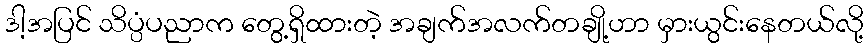
ဒါ့အပြင် သိပ္ပံပညာက တွေ့ရှိထားတဲ့ အချက်အလက်တချို့ဟာ မှားယွင်းနေတယ်လို့